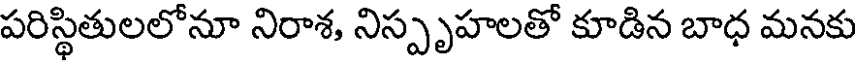
పరిస్థితులలోనూ నిరాశ, నిస్పృహలతో కూడిన బాధ మనకు